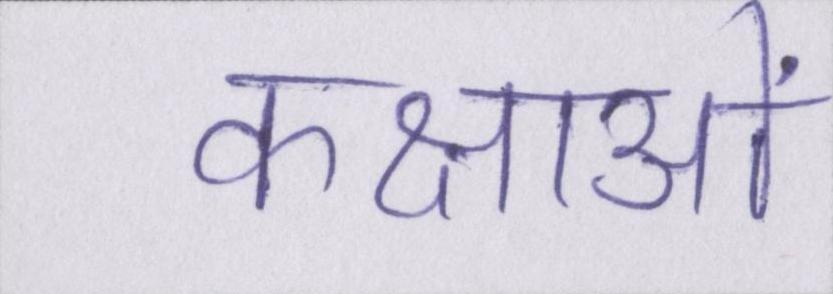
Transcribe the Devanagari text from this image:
कक्षाओं